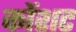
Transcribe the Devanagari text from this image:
कोंशट